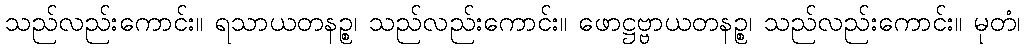
သည်လည်းကောင်း။ ရသာယတနဉ္စ၊ သည်လည်းကောင်း။ ဖောဋ္ဌဗ္ဗာယတနဉ္စ၊ သည်လည်းကောင်း။ မုတံ၊